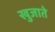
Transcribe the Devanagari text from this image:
खुजाते